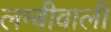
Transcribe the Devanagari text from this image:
लम्बीवाली